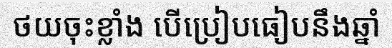
ថយចុះខ្លាំង បើប្រៀបធៀបនឹងឆ្នាំ